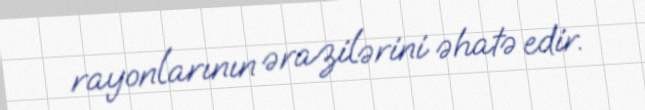
rayonlarının ərazilərini əhatə edir.